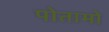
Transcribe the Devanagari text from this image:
पोतामो